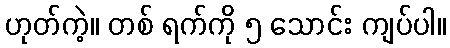
ဟုတ်ကဲ့။ တစ် ရက်ကို ၅ သောင်း ကျပ်ပါ။